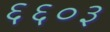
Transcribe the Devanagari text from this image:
६६०३